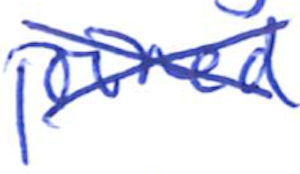
Text: joined
Cross-out: cross
Writing tool: ballpoint